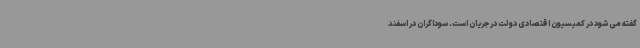
گفته می شود در کمیسیون اقتصادی دولت در جریان است. سوداگران در اسفند